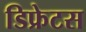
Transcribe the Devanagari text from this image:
डिफ्रेटस